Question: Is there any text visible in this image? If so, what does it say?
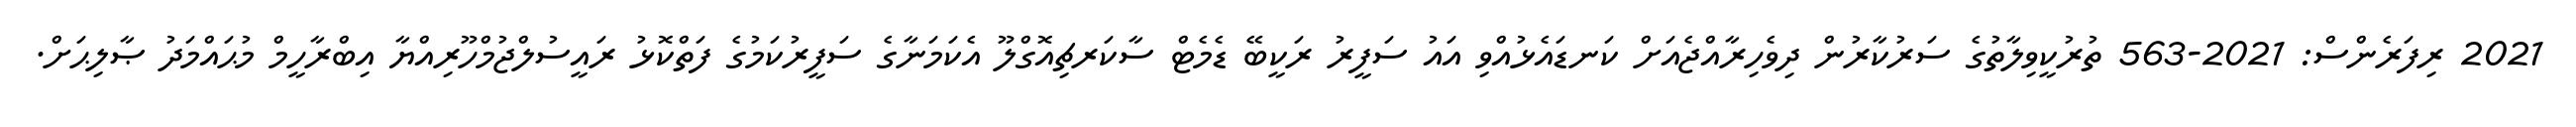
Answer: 2021 ރިފަރެންސް: 2021-563 ތުރުކީވިލާތުގެ ސަރުކާރުން ދިވެހިރާއްޖެއަށް ކަނޑައެޅުއްވި އައު ސަފީރު ރަކީބޭ ޑެމެޓް ސާކަރޗިއޮގްލޫ އެކަމަނާގެ ސަފީރުކަމުގެ ފަތްކޮޅު ރައީސުލްޖުމްހޫރިއްޔާ އިބްރާހީމް މުޙައްމަދު ޞާލިޙަށް.